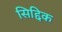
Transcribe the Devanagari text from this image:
सिद्दिक